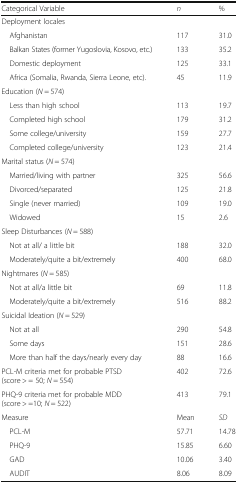
<table><thead><tr><td><b>Categorical Variable</b></td><td><b><i>n</i></b></td><td><b>%</b></td></tr></thead><tbody><tr><td colspan="3">Deployment locales</td></tr><tr><td> Afghanistan</td><td>117</td><td>31.0</td></tr><tr><td> Balkan States (former Yugoslovia, Kosovo, etc.)</td><td>133</td><td>35.2</td></tr><tr><td> Domestic deployment</td><td>125</td><td>33.1</td></tr><tr><td> Africa (Somalia, Rwanda, Sierra Leone, etc).</td><td>45</td><td>11.9</td></tr><tr><td colspan="3">Education (<i>N</i> = 574)</td></tr><tr><td> Less than high school</td><td>113</td><td>19.7</td></tr><tr><td> Completed high school</td><td>179</td><td>31.2</td></tr><tr><td> Some college/university</td><td>159</td><td>27.7</td></tr><tr><td> Completed college/university</td><td>123</td><td>21.4</td></tr><tr><td colspan="3">Marital status (<i>N</i> = 574)</td></tr><tr><td> Married/living with partner</td><td>325</td><td>56.6</td></tr><tr><td> Divorced/separated</td><td>125</td><td>21.8</td></tr><tr><td> Single (never married)</td><td>109</td><td>19.0</td></tr><tr><td> Widowed</td><td>15</td><td>2.6</td></tr><tr><td colspan="3">Sleep Disturbances (<i>N</i> = 588)</td></tr><tr><td> Not at all/ a little bit</td><td>188</td><td>32.0</td></tr><tr><td> Moderately/quite a bit/extremely</td><td>400</td><td>68.0</td></tr><tr><td colspan="3">Nightmares (<i>N</i> = 585)</td></tr><tr><td> Not at all/a little bit</td><td>69</td><td>11.8</td></tr><tr><td> Moderately/quite a bit/extremely</td><td>516</td><td>88.2</td></tr><tr><td colspan="3">Suicidal Ideation (<i>N</i> = 529)</td></tr><tr><td> Not at all</td><td>290</td><td>54.8</td></tr><tr><td> Some days</td><td>151</td><td>28.6</td></tr><tr><td> More than half the days/nearly every day</td><td>88</td><td>16.6</td></tr><tr><td>PCL-M criteria met for probable PTSD (score &gt; = 50; <i>N</i> = 554)</td><td>402</td><td>72.6</td></tr><tr><td>PHQ-9 criteria met for probable MDD (score &gt; =10; <i>N</i> = 522)</td><td>413</td><td>79.1</td></tr><tr><td>Measure</td><td>Mean</td><td><i>SD</i></td></tr><tr><td> PCL-M</td><td>57.71</td><td>14.78</td></tr><tr><td> PHQ-9</td><td>15.85</td><td>6.60</td></tr><tr><td> GAD</td><td>10.06</td><td>3.40</td></tr><tr><td> AUDIT</td><td>8.06</td><td>8.09</td></tr></tbody></table>